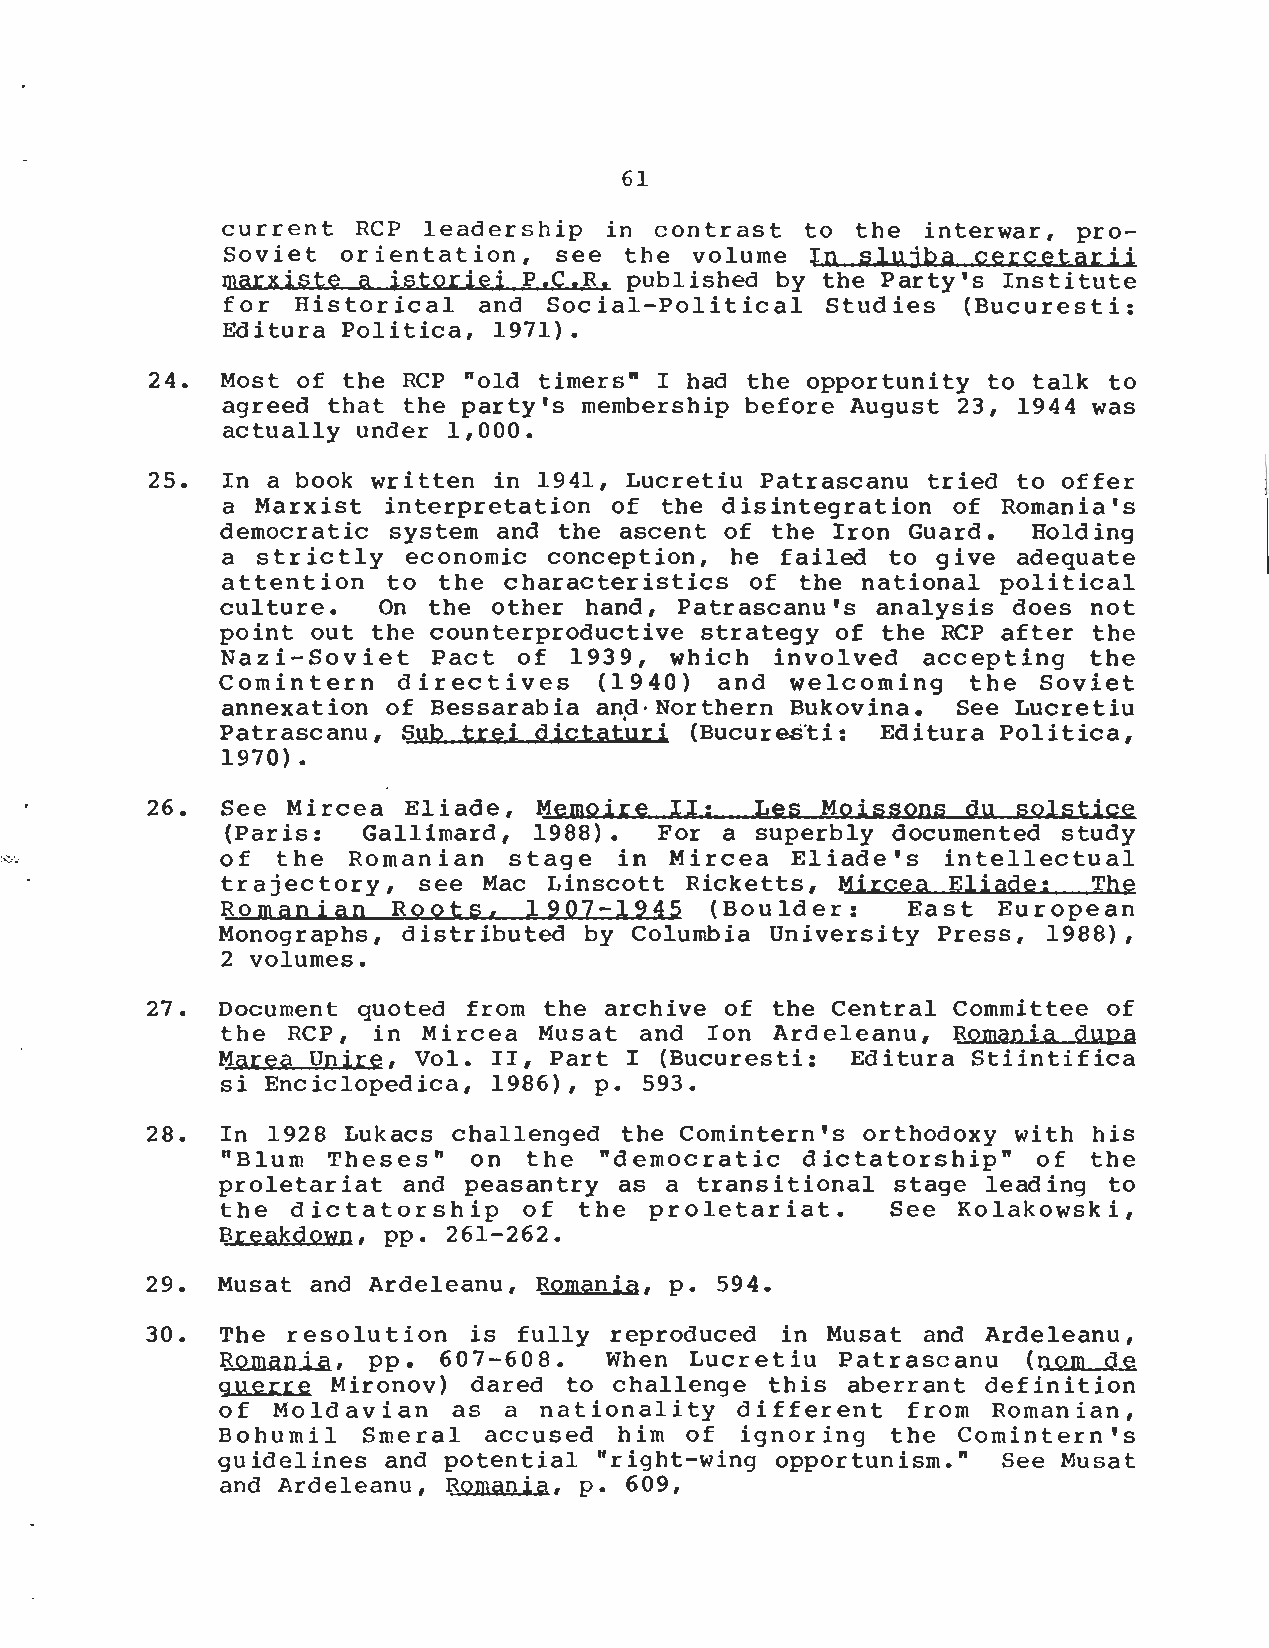
61
 current RCP leadership  in  contrast to the  interwar, pro -
 Soviet orientation,   see the volume   In slujba cercetari i
 Marxiste a istoriei P .C .R. published by the Party's Institut e
 for Historical  and  Social-Political  Studies  (Bucuresti :
 Editura Politica, 1971) .
 24. Most of the RCP "old timers" I had the opportunity to talk t o
 agreed that the party's membership before August 23, 1944 wa s
 actually under l,000 .
 25.  In a book written in 1941, Lucretiu Patrascanu tried to offe r
 a Marxist interpretation of the disintegration of Romania' s
 democratic  system and the ascent of the Iron Guard . Holding
 a strictly economic conception,  he failed to give adequat e
 attention to the characteristics  of the national  political
 culture . On the other hand, Patrascanu's  analysis does no t
 point out the counterproductive strategy of the RCP after th e
 Nazi-Soviet  Pact  of 1939,  which involved  accepting  th e
 Comintern   directives   (1940)  and  welcoming  the  Sovie t
 annexation of Bessarabia and Northern Bukovina . See Lucretiu
 Patrascanu, Sub trei  dictaturi (Bucuresti: Editura Politica ,
 1970) .
 26.  See Mircea Eliade,  Memoire  II :  Les Moissons du  solstice
 (Paris : Gallimard, 1988) . For a superbly documented  stud y
 of  the Romanian   stage  in Mircea  Eliade's  intellectual
 trajectory, see Mac Linscott  Ricketts, Mircea Eliade :  The
 RomanianRoots,       1907-1945   (Boulder :   East  Europea n
 Monographs, distributed by Columbia University Press, 1988) ,
 2 volumes .
 27. Document quoted from the archive of the Central Committee  o f
 the RCP, in  Mircea Musat  and Ion Ardeleanu,   Romania dupa
 Marea Unite, Vol . II, Part I (Bucuresti : Editura Stiintific a
 si Enciclopedica, 1986), p . 593 .
 28.  In 1928 Lukacs challenged the Comintern's orthodoxy with his
 "Blum Theses"  on  the "democratic   dictatorship"   of th e
 proletariat and peasantry as a transitional stage leading  t o
 the  dictatorship   of the  proletariat  .  See Kolakowski  ,
 Breakdown, pp . 261-262 .
 29. Musat and Ardeleanu, Romania, p . 594 .
 30. The  resolution is fully  reproduced in Musat and  Ardeleanu ,
 Romania,  pp . 607-608 . When  Lucretiu  Patrascanu   (nom d e
 guerre  Mironov) dared to challenge this  aberrant definition
 of  Moldavian  as a  nationality  different  from  Romanian ,
 Bohumil  Smeral  accused  him  of ignoring  the Comintern'  s
 guidelines and potential "right-wing opportunism ." See Musat
 and Ardeleanu, Romania, p . 609,